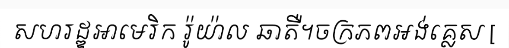
សហរដ្ឌអាមេរិក រ៉ូយ៉ាល ឆាតឺ។ចក្រភពអង់គ្លេស [